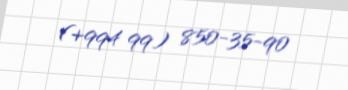
(+994 99) 850-35-90